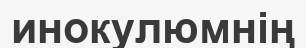
инокулюмнің